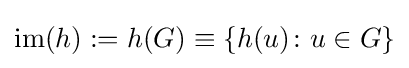
\operatorname {im} (h):=h(G)\equiv \left\{h(u)\colon u\in G\right\}